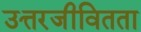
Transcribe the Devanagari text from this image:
उत्तरजीवितता